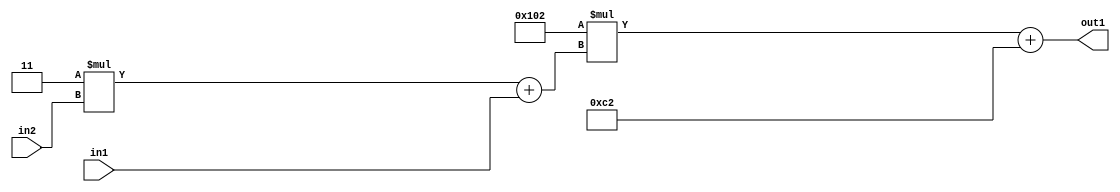
`timescale 1ps / 1ps
/*****************************************************************************
    Verilog RTL Description
    
    
    Created by: Stratus DpOpt 2019.1.01 
*******************************************************************************/

module DC_Filter_Add2i194Mul2i258Add2u1Mul2i3u2_4 (
	in2,
	in1,
	out1
	); /* architecture "behavioural" */ 
input [1:0] in2;
input  in1;
output [11:0] out1;
wire [11:0] asc001;
wire [3:0] asc002;

wire [3:0] asc002_tmp_0;
assign asc002_tmp_0 = 
	+(4'B0011 * in2);
assign asc002 = asc002_tmp_0
	+(in1);

wire [11:0] asc001_tmp_1;
assign asc001_tmp_1 = 
	+(12'B000100000010 * asc002);
assign asc001 = asc001_tmp_1
	+(12'B000011000010);

assign out1 = asc001;
endmodule

/* CADENCE  v7XySQE= : u9/ySgnWtBlWxVPRXgAZ4Og= ** DO NOT EDIT THIS LINE ******/